Leaving Certificate Examination (including Day School Certificate (Higher) General paper), 1936
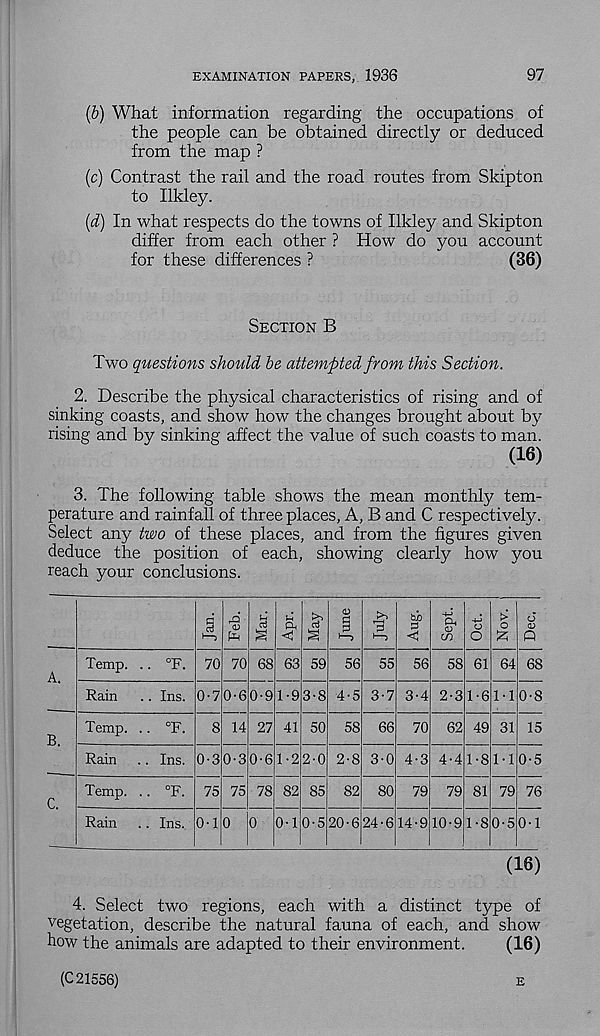
EXAMINATION PAPERS, 1936
97
(b) What information regarding the occupations of
the people can be obtained directly or deduced
from the map ?
(c) Contrast the rail and the road routes from Skipton
to Ilkley.
(d) In what respects do the towns of Ilkley and Skipton
differ from each other ? How do you account
for these differences ?
(36)
Section B
Two questions should be attempted from this Section.
2. Describe the physical characteristics of rising and of
sinking coasts, and show how the changes brought about by
rising and by sinking affect the value of such coasts to man.
(16)
3. The following table shows the mean monthly tem-
perature and rainfall of three places, A, B and C respectively.
Select any two of these places, and from the figures given
deduce the position of each, showing clearly how you
reach your conclusions.
tv
p
68
0-8
15
0-5
76
0-1
(16)
4. Select two regions, each with a distinct type of
vegetation, describe the natural fauna of each, and show
how the animals are adapted to their environment.
(16)
>—>
3
tuD 3
C
ft
Temp.
Rain
°F. 70 70 68
Ins. 0-7 0-6 0-9
63
1-9
59 56 55 56 58 61 64
3-8 4-5 3-7 3-4 2-3 1-6 M
Temp.
°F.
14 27 41 50 58 66 70 62 49 31
C.
Rain
Temp.
Ins. 0-3
°F. 75
0-3
75
0-6 1-2 2-0 2-8 3-0 4-3 4-4 1-8 M
78 82 85 82 80 79 79 81 79
Rain
Ins. 0-1 0
0-1 0-5 20-6 24-6 14-9 10-9 1-8 0-5
(C 21556)
E